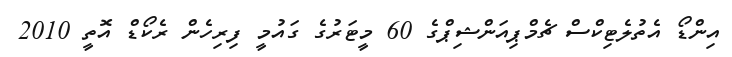
އިންޑޯ އެތުލެޓިކްސް ޗެމްޕިއަންޝިޕްގެ 60 މީޓަރުގެ ގައުމީ ފިރިހެން ރެކޯޑް އޮތީ 2010